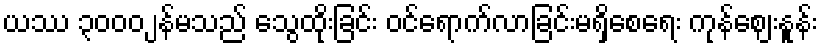
ယဿ ၃၀၀ဝ ျန်မသည် သွေထိုးခြင်း ဝင်ရောက်လာခြင်းမရှိစေရေး ကုန်ဈေးနူန်း